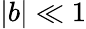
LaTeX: |b|\ll 1